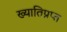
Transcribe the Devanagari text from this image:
ख्यातिप्रप्त